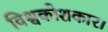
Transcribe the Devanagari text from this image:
विश्वकोशकार।